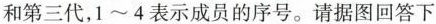
和第三代，1~4表示成员的序号。请据图回答下